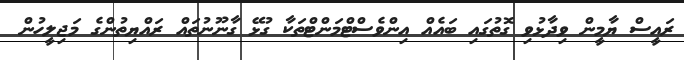
ރައީސް ޔާމީން ވިދާޅުވި ގޮތުގައި ބައެއް އިންވެސްޓްމަންޓްތަކާ ގުޅޭ ގާނޫނުތައް ރައްޔިތުންގެ މަޖިލީހުން